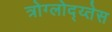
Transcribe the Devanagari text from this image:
त्रोग्लोद्य्तेस